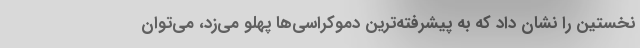
نخستین را نشان داد که به پیشرفته‌ترین دموکراسی‌ها پهلو می‌زد، می‌توان